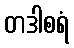
တဒါစရံ